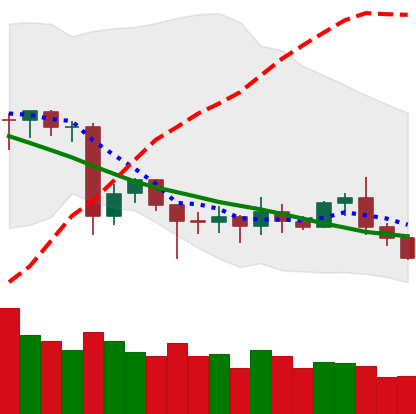
Ticker: ETC-USD
Chart end date: 2020-06-26
Forward return: -5.324%
Label: down_5_7